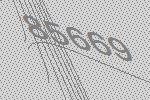
85669